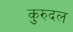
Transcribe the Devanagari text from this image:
कुरुदल